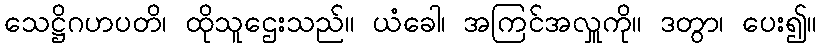
သေဋ္ဌိဂဟပတိ၊ ထိုသူဌေးသည်။ ယံခေါ၊ အကြင်အလှူကို။ ဒတွာ၊ ပေး၍။